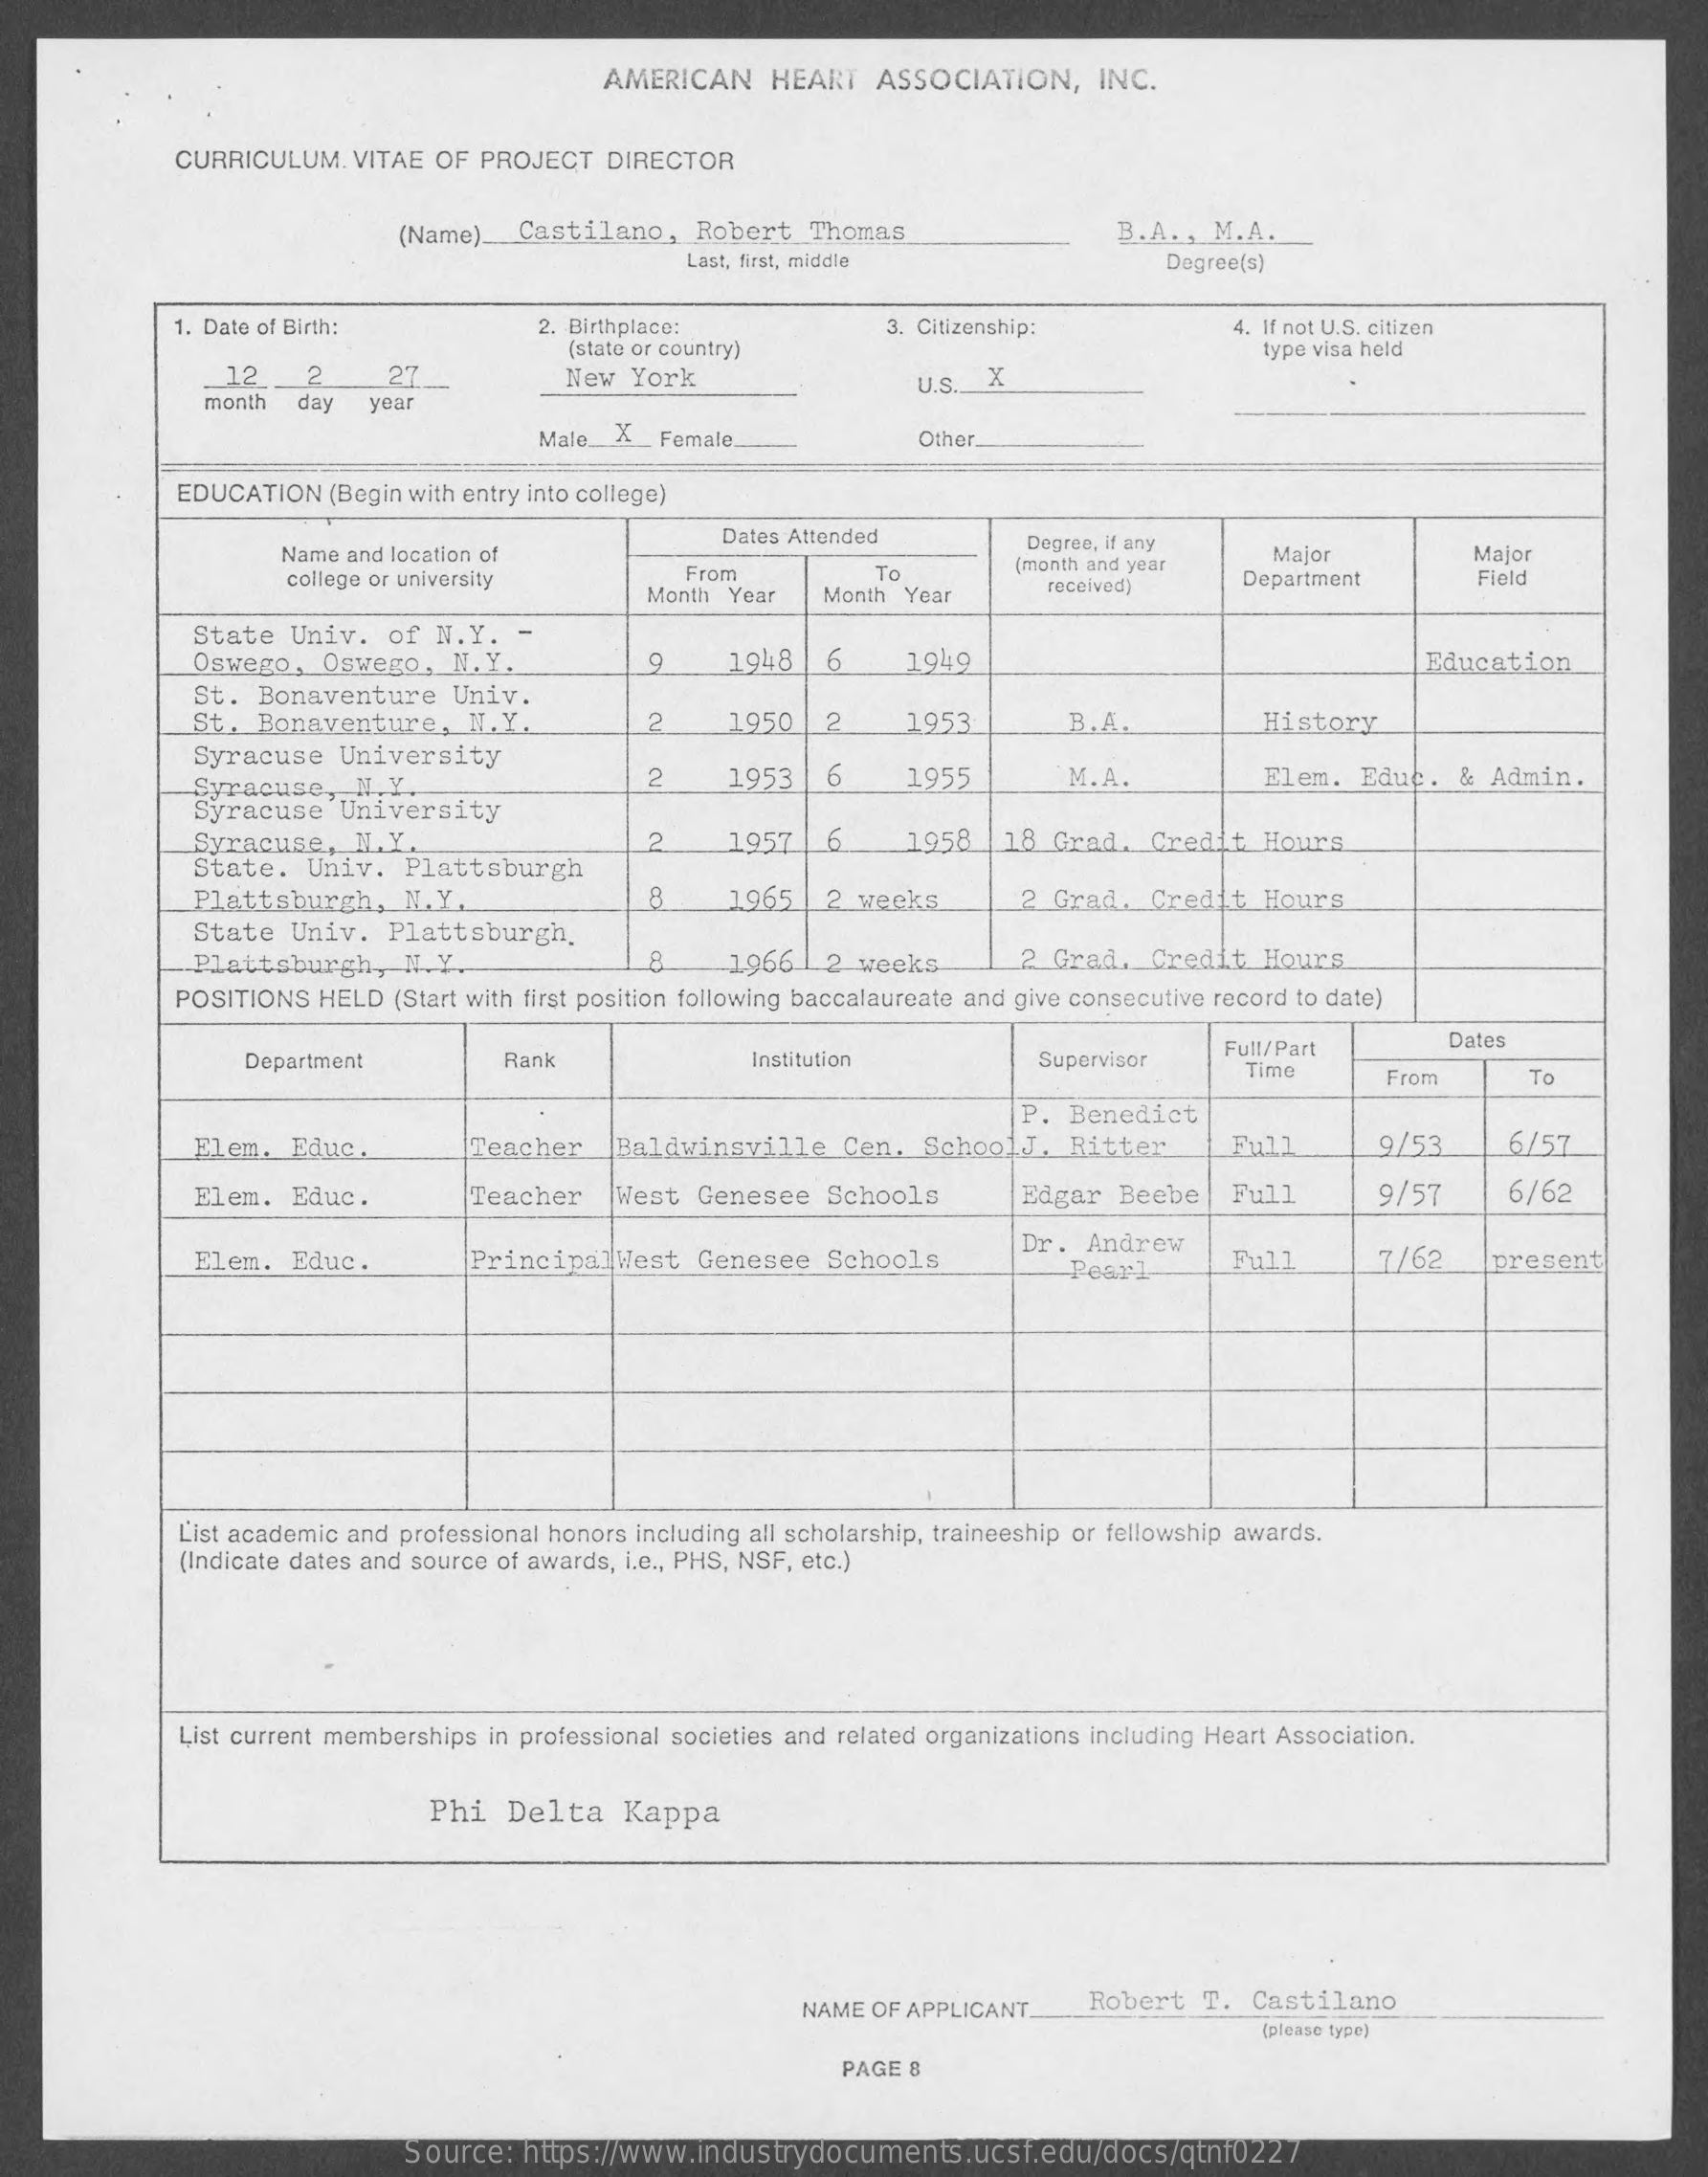
AMERICAN    HEART   ASSOCIATION,    INC.
     CURRICULUM.   VITAE OF PROJECT   DIRECTOR
     (Name)   Castilano,    Robert  Thomas    B.A.  , M.A.
     Last, first, middle    Dogree(s)
     1. Date of Birth:    2. Birthplace:
     (state or country)
     3. Citizenship:    4. If not U.S. citizen
     New  York
     type visa held
     _12    2    U.S. X
     month  day  year
     Male __ __ Female __    Other.
     EDUCATION  (Begin with entry into college)
     Name and location of
     Dates Attended    Degree, if any
     (month and year
     Major    Major
     college or university    From
     Month Year
     To
     Month  Year    received)    Department    Field
     State  Univ.  of  N.Y.
     Oswego,  Oswego,   N. Y.    1948    6    1949    Education
     St. Bonaventure    Univ.
     St. Bonaventure,    N.Y.    2    1950   2    1953    B.A.    History
     Syracuse   University
     Syracuse,   N.Y    2    1953    6    1955    M.A.    Elem.  Educ.  &  Admin.
     Syracuse   University
     Syracuse,   ILY.
     State.  Univ.  Plattsburgh
     2    1957  |6    1958   18 Grad.   Credit   Hours
     Plattsburgh,    N.Y.    8    1965   2  weeks    2 Grad.   Credit  Hours
     State  Univ.  Plattsburgh.
     Plattsburgh,    N.Y.    8    1966  12  weeks    2  Grad.  Credit  Hours
     POSITIONS  HELD  (Start with first position following baccalaureate and give consecutive record to date)
     Department    Rank    Institution    Supervisor
     Full/Part
     Dates
     Time    From    To
     P. Benedict
     Elem.  Educ.    Teacher    Baldwinsville    Cen,  SchoolJ,   Ritter    Full    9/53    6/57
     Elem.  Educ.    Teacher    West  Genesee  Schools    Edgar  Beebe    Full    9/57    6/62
     Elem.  Educ.    PrincipalWest    Genesee   Schools
     Dr.  Andrew
     Pearl    Full    7/62    present
     L'ist academic and professional honors including all scholarship, traineeship or fellowship awards.
     (Indicate dates and source of awards, i.e ., PHS, NSF, etc.)
     List current memberships in professional societies and related organizations including Heart Association.
     Phi  Delta    Kappa
     NAME OF APPLICANT    Robert   T.  Castilano
     (please type)
     PAGE 8
     Source:  https://www.industrydocuments.ucsf.edu/docs/qtnf0227